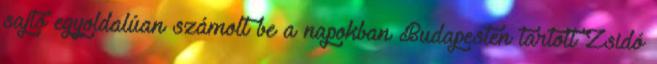
sajtó egyoldalúan számolt be a napokban Budapesten tartott Zsidó